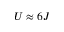
U \approx 6 J